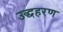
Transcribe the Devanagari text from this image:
उद्धहरण